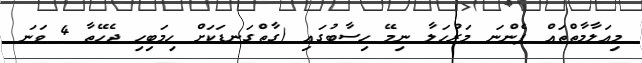
މިއަލާމާތްތައް ފެންނަ މަރުހަލާ ނިމޭ ހިސާބުގައި (ގާތްގަނޑަކަށް ހިމަބިހި ޖެހޭތާ 4 ވަނަ